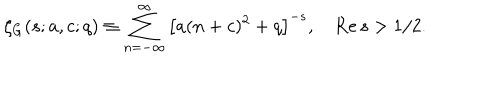
\zeta _ { G } ( s ; a , c ; q ) \equiv \sum _ { n = - \infty } ^ { \infty } \left[ a ( n + c ) ^ { 2 } + q \right] ^ { - s } , \quad \mathrm { R e } \, s > 1 / 2 .